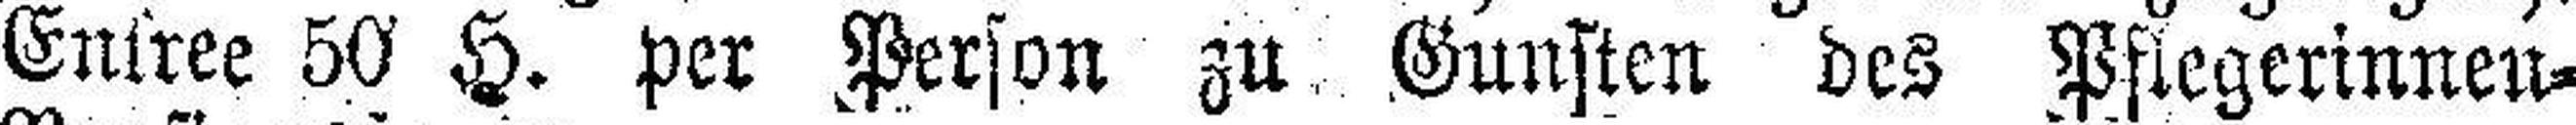
Entree 50 H. per Person zu. Gunsten des Pflegerinneu¬